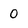
Character: 0